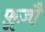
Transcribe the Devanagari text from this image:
फ़ूज़ौ